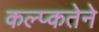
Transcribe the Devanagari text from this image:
कल्प्कतेने